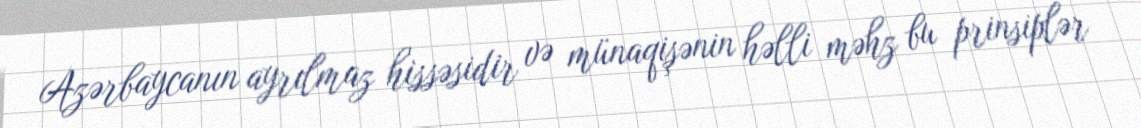
Azərbaycanın ayrılmaz hissəsidir və münaqişənin həlli məhz bu prinsiplər